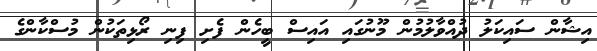
އިޝާން ސައިކަލު ދުއްވާލުމުން މޫނުގައި އައިސް ބީހެން ފެށި ފިނި ރޯޅިތަކުން މުސްކާންގެ